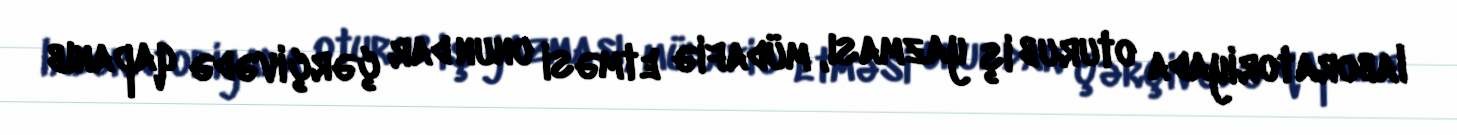
laboratoriyada oturub iş yazması, müdafiə etməsi onun dar çərçivədə qapanıb